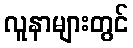
လူနာများတွင်